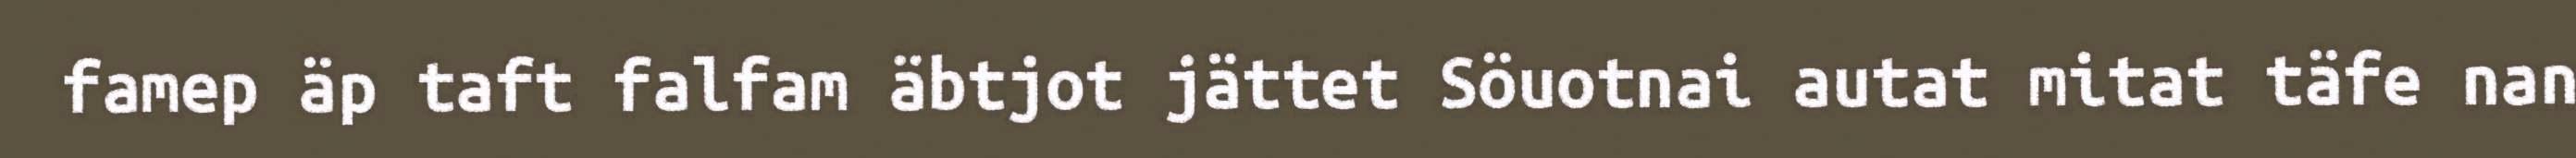
famep äp taft falfam äbtjot jättet Söuotnai autat mitat täfe nan